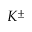
K ^ { \pm }